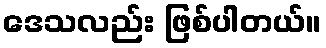
ဒေသလည်း ဖြစ်ပါတယ်။